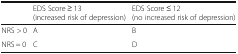
|  | EDS Score ≥ 13(increased risk of depression) | EDS Score ≤ 12(no increased risk of depression) |
 | --- | --- | --- |
 | NRS > 0 | A | B |
 | NRS = 0 | C | D |